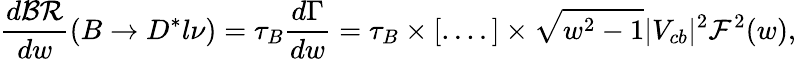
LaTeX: \frac{d{\cal BR}}{dw}(B\to D^{*}l\nu)=\tau_{B}\frac{d\Gamma}{dw}=\tau_{B}\times[....]\times\sqrt{w^{2}-1}|V_{cb}|^{2}{\cal F}^{2}(w),